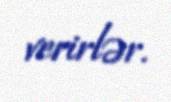
verirlər.